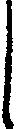
し